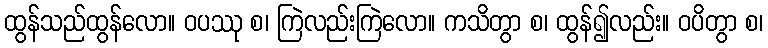
ထွန်သည်ထွန်လော။ ဝပဿု စ၊ ကြဲလည်းကြဲလော။ ကသိတွာ စ၊ ထွန်၍လည်း။ ဝပိတွာ စ၊